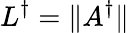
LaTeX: L^{\dagger}=\| A^{\dagger}\|